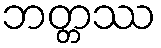
ဘတ္တဿ